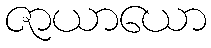
ဇာယာယော